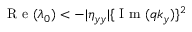
\mathrm { ~ R ~ e ~ } ( \lambda _ { 0 } ) < - | \eta _ { y y } | \{ \mathrm { ~ I ~ m ~ } ( q k _ { y } ) \} ^ { 2 }